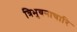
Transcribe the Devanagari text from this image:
त्रिभुवनाचारि